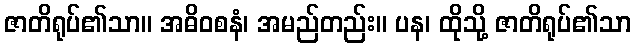
ဇာတိရုပ်၏သာ။ အဓိဝစနံ၊ အမည်တည်း။ ပန၊ ထိုသို့ ဇာတိရုပ်၏သာ